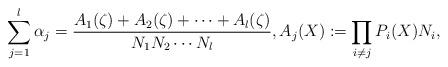
LaTeX: \begin{align*} \sum_{j=1}^{l} \alpha_{j}= \frac{A_{1}(\zeta)+A_{2}(\zeta)+\cdots +A_{l}(\zeta)}{N_{1}N_{2}\cdots N_{l}}, A_{j}(X):= \prod_{i\neq j} P_{i}(X)N_{i},\end{align*}